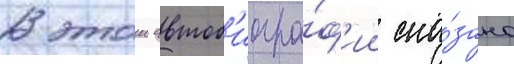
В этои автоб'иогра́ф'ии ска́зано